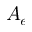
A _ { e }